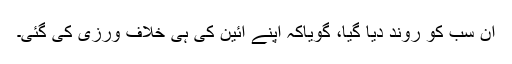
ان سب کو روند دیا گیا، گویاکہ اپنے آئین کی ہی خلاف ورزی کی گئی۔